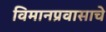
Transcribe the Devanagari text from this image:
विमानप्रवासाचे